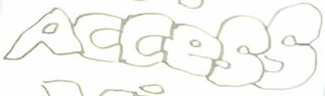
Access